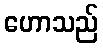
ဟောသည်